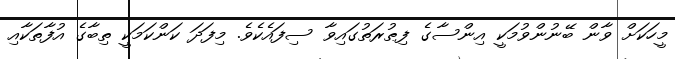
މީހަކަށް ވާން ބޭނުންވުމަކީ އިންސާގެ ފިޠުރަތުގައިވާ ސިފައެކެވެ. މިފަދަ ކަންކަމަކީ ތިބާގެ އުފާތަކާއި